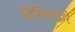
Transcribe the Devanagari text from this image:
विंग्लिशद्वारे